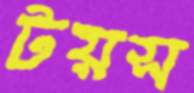
টয়স